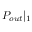
P _ { o u t } | _ { 1 }